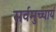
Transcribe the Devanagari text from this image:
सर्वमुच्चार्य